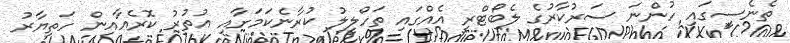
ތެނެސީގައި ހުންނަ ސަރުކާރުގެ ލެބޯޓްރީ އެއްގައި ތަހްލީލު ކުރާނެކަމަށާއި އުތުރު ކޮރެއާއިން ހަތިޔާރު